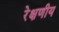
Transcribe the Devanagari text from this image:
रेक्षणीय